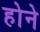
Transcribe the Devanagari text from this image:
हाेने